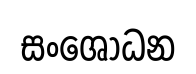
සංශොධන